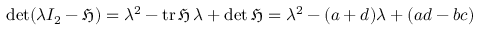
\operatorname* { d e t } ( \lambda I _ { 2 } - { \mathfrak { H } } ) = \lambda ^ { 2 } - \operatorname { t r } { \mathfrak { H } } \, \lambda + \operatorname* { d e t } { \mathfrak { H } } = \lambda ^ { 2 } - ( a + d ) \lambda + ( a d - b c )